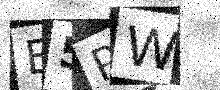
Text: B5PW